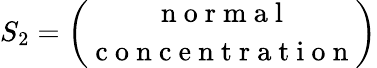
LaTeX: S_{2}=\binom{\mathrm{~n~o~r~m~a~l~}}{\mathrm{~c~o~n~c~e~n~t~r~a~t~i~o~n~}}